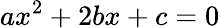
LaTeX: ax^{2}+2bx+c=0